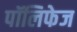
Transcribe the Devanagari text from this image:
पॉलिफेज